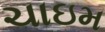
ચાઇમ